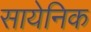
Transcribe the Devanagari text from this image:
सायेनिक